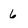
Character: 6